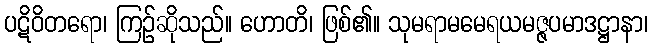
ပဋိဝိတရော၊ ကြဉ်ဆိုသည်။ ဟောတိ၊ ဖြစ်၏။ သုမရာမမေရယမဇ္ဇပမာဒဋ္ဌာနာ၊